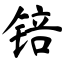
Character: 锫